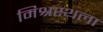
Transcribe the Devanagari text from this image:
मिश्रस्थला